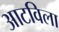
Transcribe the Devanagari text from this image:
आटविला